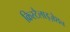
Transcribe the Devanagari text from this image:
क्रिस्टैलाइज़ेशन